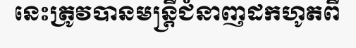
នេះត្រូវបានមន្ត្រីជំនាញដកហូតពី